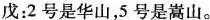
戊：2号是华山，5号是嵩山。